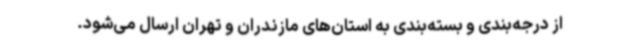
از درجه‌بندی و بسته‌بندی به استان‌های مازندران و تهران ارسال می‌شود.